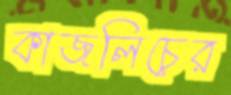
কাজলিচের